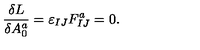
{ \frac { \delta L } { \delta A _ { 0 } ^ { a } } } = \varepsilon _ { I J } F _ { I J } ^ { a } = 0 .